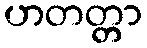
ဟတတ္တာ